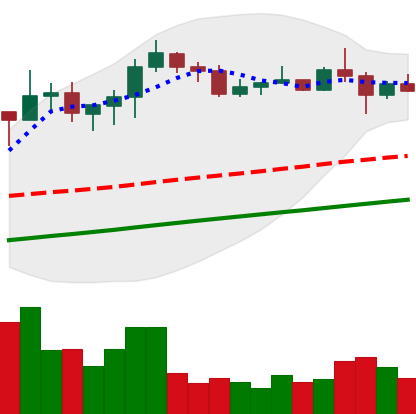
Ticker: XLM-USD
Chart end date: 2020-07-29
Forward return: 10.254%
Label: up_7plus